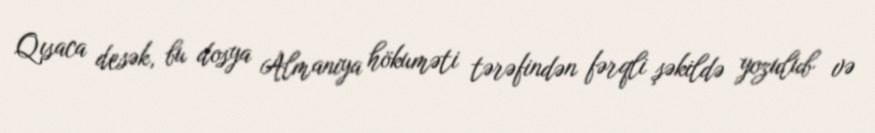
Qısaca desək, bu dosya Almaniya hökuməti tərəfindən fərqli şəkildə yozulub və